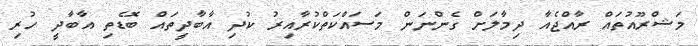
މަޝްރޫއުތައް ރާއްޖެއާ ދިމާލަށް ގެންނަން މަސައްކަތްކުރާއިރު ކުދި އާބާދީތައް ބޮޑެތި އާބާދީ ހުރި